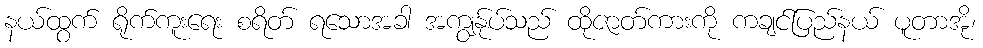
နယ်ထွက် ရိုက်ကူးရေး စရိတ် ရသောအခါ အကျွန်ုပ်သည် ထိုဇာတ်ကားကို ကချင်ပြည်နယ် ပူတာအို၊